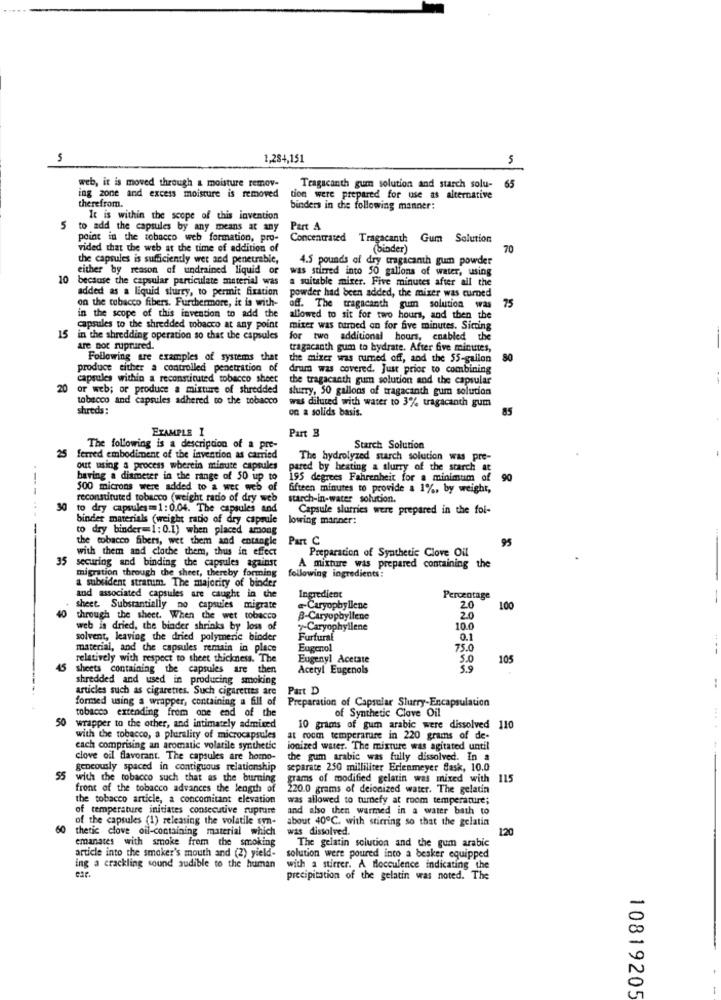
5
1,284,151
5
web, it is moved through a moisture remov-
Tragacanth gum solution and starch solu- 65
ing zone and excess moisture is removed
tion were prepared for use as alternative
therefrom.
binders in chie following manner;
It is within the scope of this invention
5
to add the capsules by any means at any
Pert A
point in the tobacco web formation, pro-
Concentrated Tragacanth Gum Solution
vided that the web at the time of addition of
(binder)
70
the capsules is sufficiently wet and penetrable,
4.5 pounds of dry tragacanth gum powder
either by reason of undrained liquid of
was stirred into 50 gallons of water, using
10 because the capsular particulate material was
a suitable mirer. Five minutes after all the
added as a liquid slurry, to permit fixation
on the tobacco fibers. Furthermore, it is with-
powder had been added, the mixer was turned
off. The tragacanth gum solution was
75
in the scope of this invention to add the
allowed to sit for two hours, and then the
capsules to the shredded tobacco at any point
mixer was turned on for five minutes. Sitting
15 in the shredding operation so that the capsules
for two additional hours, enabled the
are por ruptured.
tragacanth gum to hydrate. After five minutes,
Following are examples of systems that
the mixer was turned off, and the 55-gallon
80
produce either a controlled penetration of
drum was covered. Just prior to combining
capsules within a reconstituted tobacco sheet
the tragacanth gum solution and the capsular
20
or web; or produce a mixture of shredded slurry, 50 gallons of tragacanth gum solution
tobecco and capsules adhered to the tobacco
was diluted with water to 3% tragacanth gum
shreds:
on a solids basis.
85
EXAMPLE I
Part B
25
The following is a description of a pre-
Starch Solution
ferred embodiment of the invention as carried
The hydrolyzed starch solution was pre-
out using a process wherein minute capsules
pared by heating a slurry of the starch at
having a diameter in the range of 50 up to
195 degrees Fahrenheit for a minimum of
90
500 microns were added to a wer web of fifteen minutes to provide a 1%, by weight,
reconstituted tobacco (weight ratio of dry web starch-in-water solution.
to dry capsules= 1: 0.04. The capsules and
Capsule slurries were prepared in the fol-
binder materials (weight ratio of dry capsule
lowing manner:
to dry binder-1: 0.1) when placed among
the tobacco fibers, wet them and entangle
Part C
95
with them and clothe them, thus in effect
Preparation of Synthetic Clove Oil
35 securing and binding the capsules against
following ingredients:
A mixture was prepared containing the
a subsident stratum. The majority of binder
migration through the sheet, thereby forming
and associated capsules are caught in the
Ingredient
Percentage
sheet. Substantially no capsules migrate
a-Caryopbyllene
20
100
40 through the sheet. When the wet tobacco
B-Caryopbyllene
2.0
web is dried, the binder shrinks by loss of
yCaryophyllene
10.0
solvent, leaving the dried polymeric binder
Furfural
0.1
material, and the capsules remain in place
Eugenol
75.0
---
relatively with respect to sheet thickness. The
Eugenyl Acetate
5.0
105
45 sheets containing the capsules are then
Acetyl Eugenols
5.9
shredded and used in producing smoking
articles such as cigarettes. Such cigarettes are
Part D
formed using a wrapper, containing a fill of
Preparation of Capsular Slurry-Encapsulation
of Synthetic Clove Oil
50
tobacco extending from one end of the
wrapper to the other, and intimately admired
10 grams of gum arabic were dissolved 110
with the tobacco, a plurality of microcapsules
at room temperature in 220 grams of de-
each comprising an aromatic volatile synthetic
ionized water. The mixture was agitated until
clove oil flavorant. The capsules are homo-
the gum arabic was fully dissolved. In a
geneously spaced in contiguous relationship
separate 250 milliliter Erlenmeyer Sask, 10.0
with the tobacco such that as the burning grams of modified gelatin was mixed with
115
front of the tobacco advances the length of
220.0 grams of deionized water. The gelatin
the tobacco article, a concomitant elevation
was allowed to turnefy at room temperature;
of temperature initiates consecutive rupture
and also then warmed in a water bath to
of the capsules (1) releasing the volatile syn-
about 40℃. with stirring so that the gelatin
60
thetic clove oil-containing material which
was dissolved.
120
emanates with smoke from the smoking
article into the smoker's mouth and (2) yield-
The gelatin solution and the gum arabic
solution were poured into a beaker equipped
ing a crackling sound audible to the human
with a stirrer. A flocculence indicating the
precipitation of the gelatin was noted. The
N
0
10819205
-